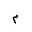
Letter: _mim